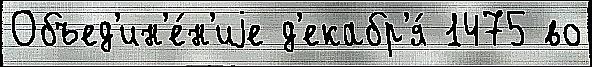
Объед'ин'е́н'иjе д'екабр'я́ 1475 во